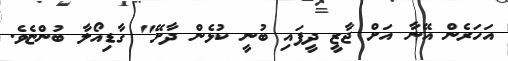
އަހަރެން އޭނާ އަށް ޖާޒީ ދީފައި ބުނީ ކުޅެން ދާށޭ" ގާޑިއޯލާ ބުންޏެވެ.